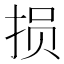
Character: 损